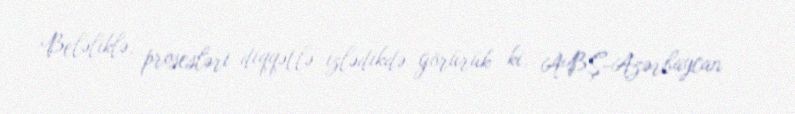
Beləliklə, prosesləri diqqətlə izlədikdə görürük ki, ABŞ-Azərbaycan